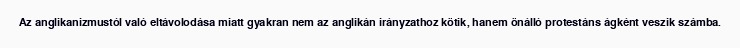
Az anglikanizmustól való eltávolodása miatt gyakran nem az anglikán irányzathoz kötik, hanem önálló protestáns ágként veszik számba.